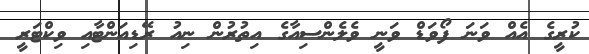
ކުރީގެ އެއް ވަނަ ފޯވަޑް ވަނީ ވެލެންސިއާގެ އިތުރުން ނިއު ރޭޑިއަންޓާއި ވިކްޓަރީ